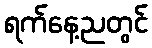
ရက်နေ့ညတွင်